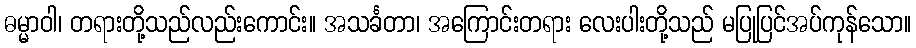
ဓမ္မာဝါ၊ တရားတို့သည်လည်းကောင်း။ အသင်္ခတာ၊ အကြောင်းတရား လေးပါးတို့သည် မပြုပြင်အပ်ကုန်သော။